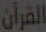
القرآن